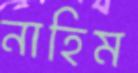
নাহিম